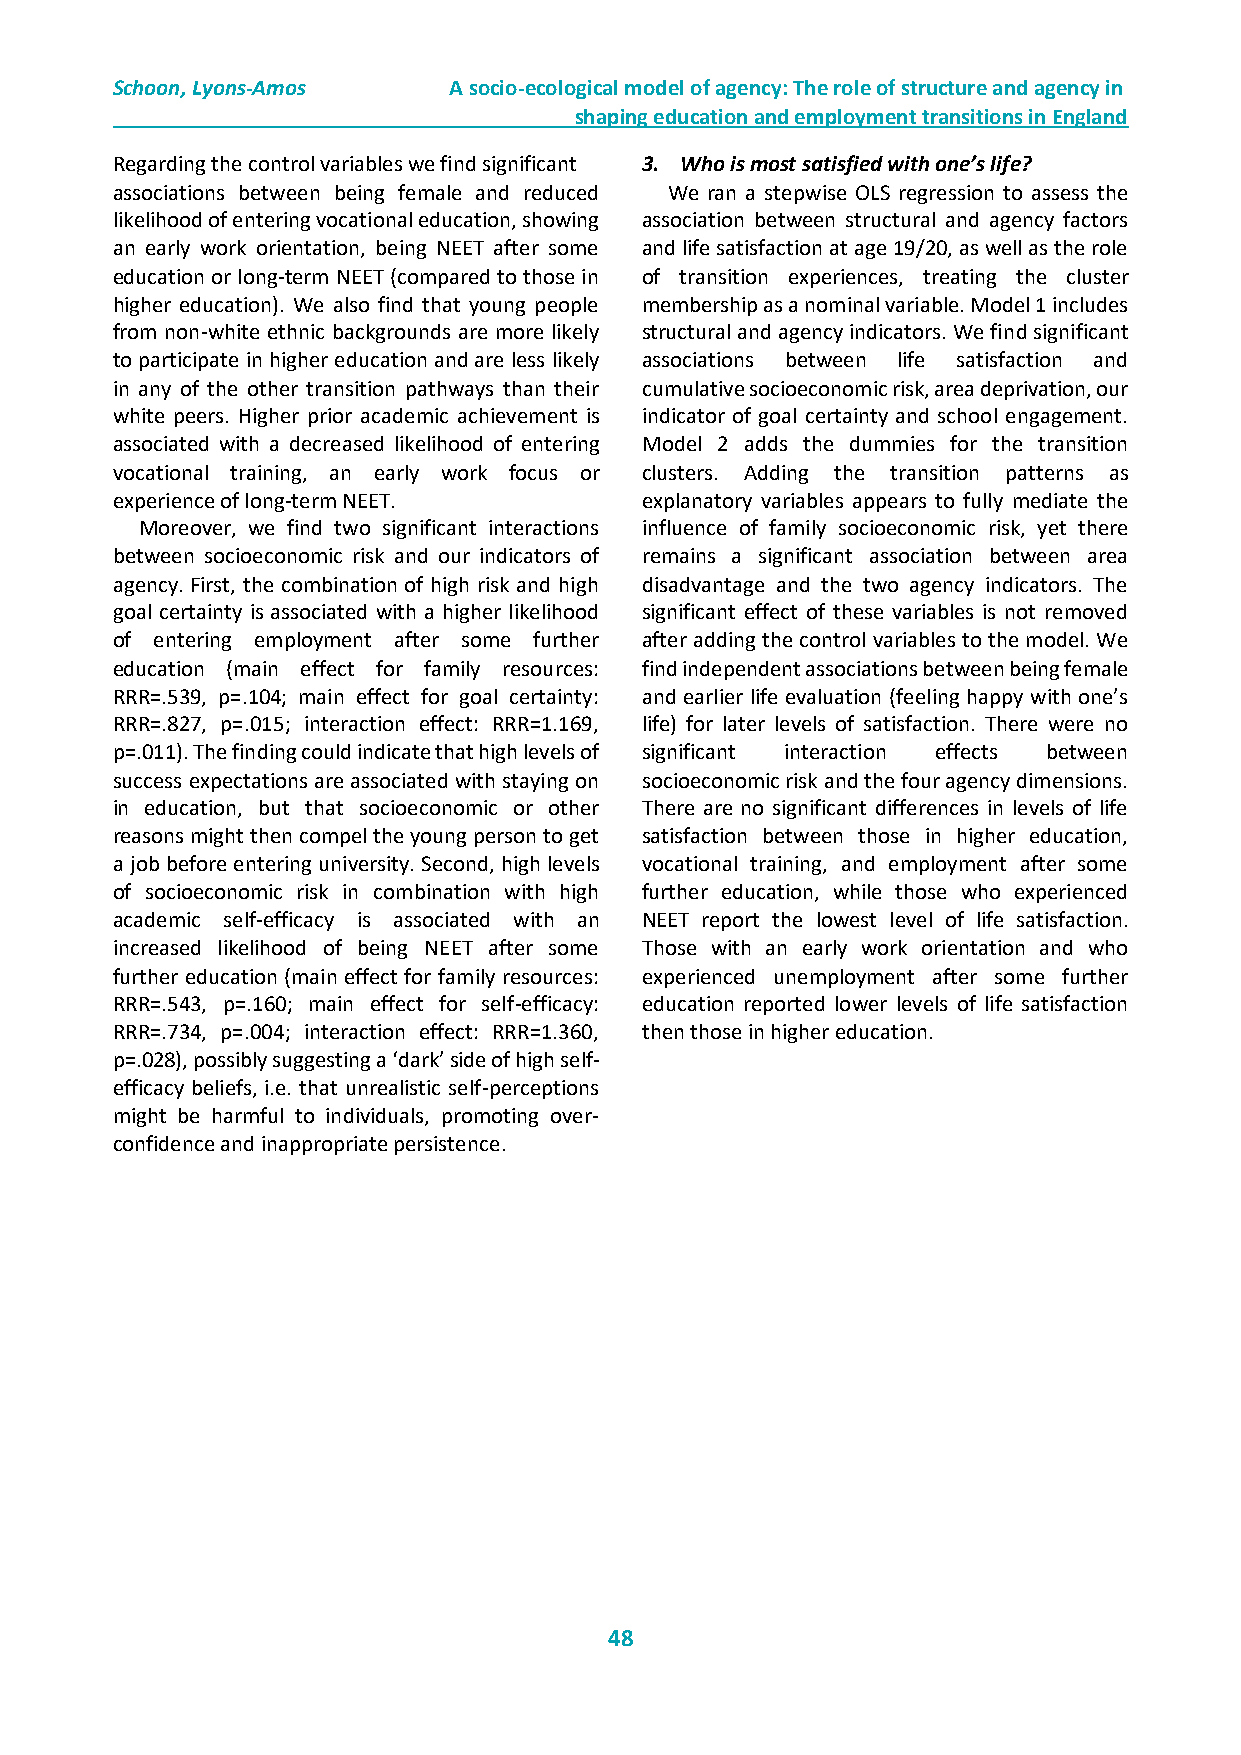
Schoon, Lyons-Amos     A socio-ecological model of agency: The role of structure and agency in
 shaping education and employment transitions in England
 Regarding the control variables we find significant 3. Who is most satisfied with one’s life?
 associations between being female and reduced We ran a stepwise OLS regression to assess the
 likelihood of entering vocational education, showing association between structural and agency factors
 an early work orientation, being NEET after some and life satisfaction at age 19/20, as well as the role
 education or long-term NEET (compared to those in of transition experiences, treating the cluster
 higher education). We also find that young people membership as a nominal variable. Model 1 includes
 from non-white ethnic backgrounds are more likely structural and agency indicators. We find significant
 to participate in higher education and are less likely associations between life satisfaction and
 in any of the other transition pathways than their cumulative socioeconomic risk, area deprivation, our
 white peers. Higher prior academic achievement is indicator of goal certainty and school engagement.
 associated with a decreased likelihood of entering Model 2 adds the dummies for the transition
 vocational training, an early work focus or clusters. Adding the transition patterns as
 experience of long-term NEET.      explanatory variables appears to fully mediate the
 Moreover, we find two significant interactions influence of family socioeconomic risk, yet there
 between socioeconomic risk and our indicators of remains a significant association between area
 agency. First, the combination of high risk and high disadvantage and the two agency indicators. The
 goal certainty is associated with a higher likelihood significant effect of these variables is not removed
 of entering employment after some further after adding the control variables to the model. We
 education (main effect for family resources: find independent associations between being female
 RRR=.539, p=.104; main effect for goal certainty: and earlier life evaluation (feeling happy with one’s
 RRR=.827, p=.015; interaction effect: RRR=1.169, life) for later levels of satisfaction. There were no
 p=.011). The finding could indicate that high levels of significant interaction effects between
 success expectations are associated with staying on socioeconomic risk and the four agency dimensions.
 in education, but that socioeconomic or other There are no significant differences in levels of life
 reasons might then compel the young person to get satisfaction between those in higher education,
 a job before entering university. Second, high levels vocational training, and employment after some
 of socioeconomic risk in combination with high further education, while those who experienced
 academic self-efficacy is associated with an NEET report the lowest level of life satisfaction.
 increased likelihood of being NEET after some Those with an early work orientation and who
 further education (main effect for family resources: experienced unemployment after some further
 RRR=.543, p=.160; main effect for self-efficacy: education reported lower levels of life satisfaction
 RRR=.734, p=.004; interaction effect: RRR=1.360, then those in higher education.
 p=.028), possibly suggesting a ‘dark’ side of high self-
 efficacy beliefs, i.e. that unrealistic self-perceptions
 might be harmful to individuals, promoting over-
 confidence and inappropriate persistence.
 48